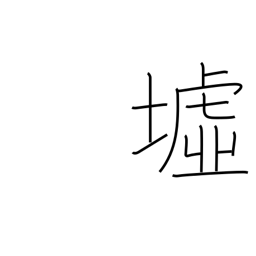
Meaning: ruins